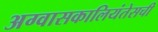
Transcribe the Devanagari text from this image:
अग्वासकालियंतेसची